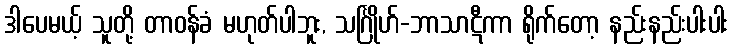
ဒါပေမယ့် သူတို့ တာဝန်ခံ မဟုတ်ပါဘူး, သင်္ဂြိုဟ်-ဘာသာဋီကာ ရိုက်တော့ နည်းနည်းပါးပါး